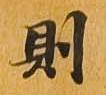
則